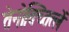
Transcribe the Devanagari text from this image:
तेनोक्च्तित्लें